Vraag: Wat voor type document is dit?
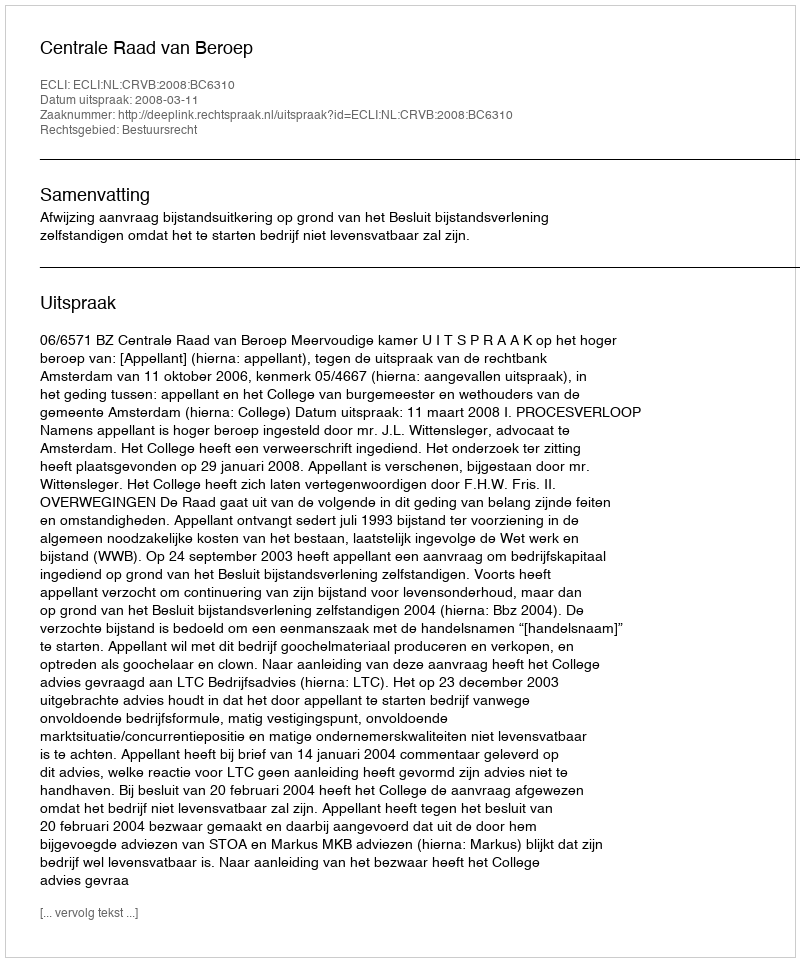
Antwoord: Uitspraak